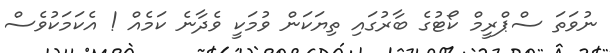
ނުވަތަ ސްޕްރީމް ކޯޓުގެ ބާރުގައި ތިޔަކަން ވުމަކީ ވެދާނެ ކަމެއް ! އެކަމަކުވެސް